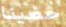
حضينا